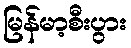
မြန်မာ့စီးပွား